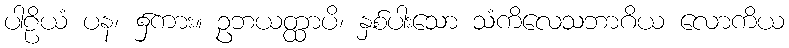
ပါဠိယံ ပန၊ ၌ကား။ ဥဘယတ္ထာပိ၊ နှစ်ပါးသော သံကိလေသဘာဂိယ လောကိယ